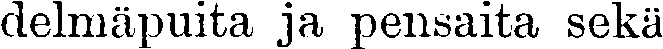
delmäpuita ja pensaita sekä